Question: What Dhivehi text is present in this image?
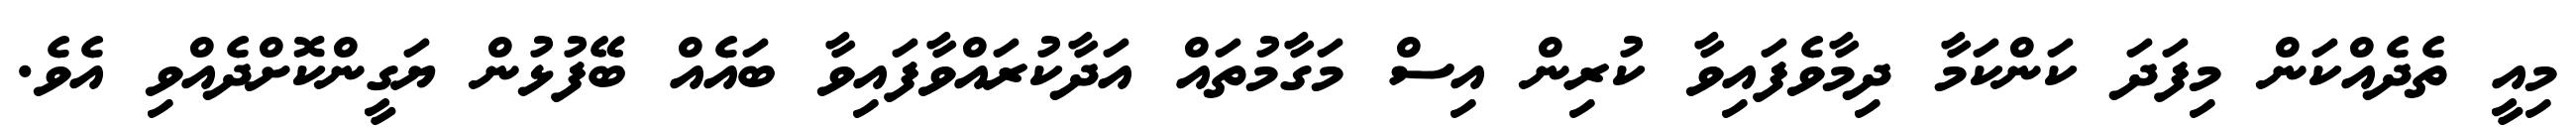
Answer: މިއީ ތެދެއްކަން މިފަދަ ކަންކަމާ ދިމާވެފައިވާ ކުރިން އިސް މަގާމުތައް އަދާކުރައްވާފައިވާ ބައެއް ބޭފުޅުން ޔަގީންކޮށްދެއްވި އެވެ.